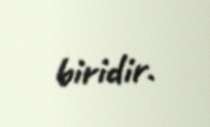
biridir.